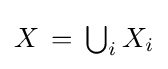
{\textstyle X\,=\,\bigcup _{i}X_{i}}